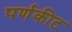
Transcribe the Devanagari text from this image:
पर्णकीट